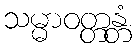
သမ္မာဝတ္တန္တံ